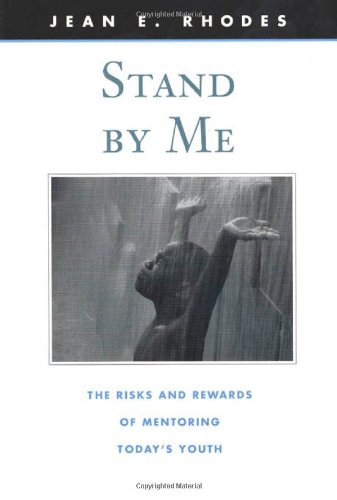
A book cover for Stand by Me: The Risks and Rewards of Mentoring Today's Youth (The Family and Public Policy); Jean E. Rhodes; Business & Money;